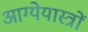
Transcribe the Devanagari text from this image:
आग्येयास्त्रों